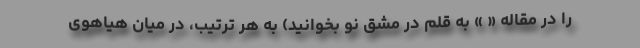
را در مقاله « » به قلم در مشق نو بخوانید) به هر ترتیب، در میان هیاهوی